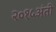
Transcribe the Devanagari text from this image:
२०१५अंती